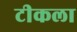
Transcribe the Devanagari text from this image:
टीकला